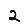
Digit: 2